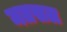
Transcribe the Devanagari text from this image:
मतसल